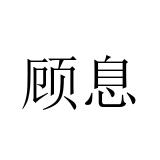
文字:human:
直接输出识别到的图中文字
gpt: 顾息